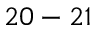
2 0 - 2 1